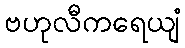
ဗဟုလီကရေယျံ